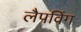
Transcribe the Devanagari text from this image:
लैपविंग